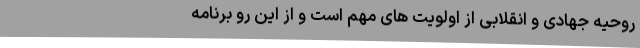
روحیه جهادی و انقلابی از اولویت ‌های مهم است و از این‌ رو برنامه‌